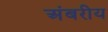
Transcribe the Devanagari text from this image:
अंबरीय